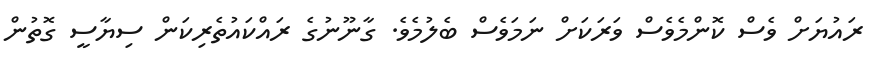
ރައުޔަށް ވެސް ކޮންމެވެސް ވަރަކަށް ނަމަވެސް ބެލުމެވެ. ގާނޫނުގެ ރައްކައުތެރިކަން ސިޔާސީ ގޮތުން